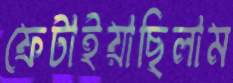
ফেটাইয়াছিলাম